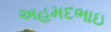
અહમદભાઇ